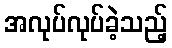
အလုပ်လုပ်ခဲ့သည့်